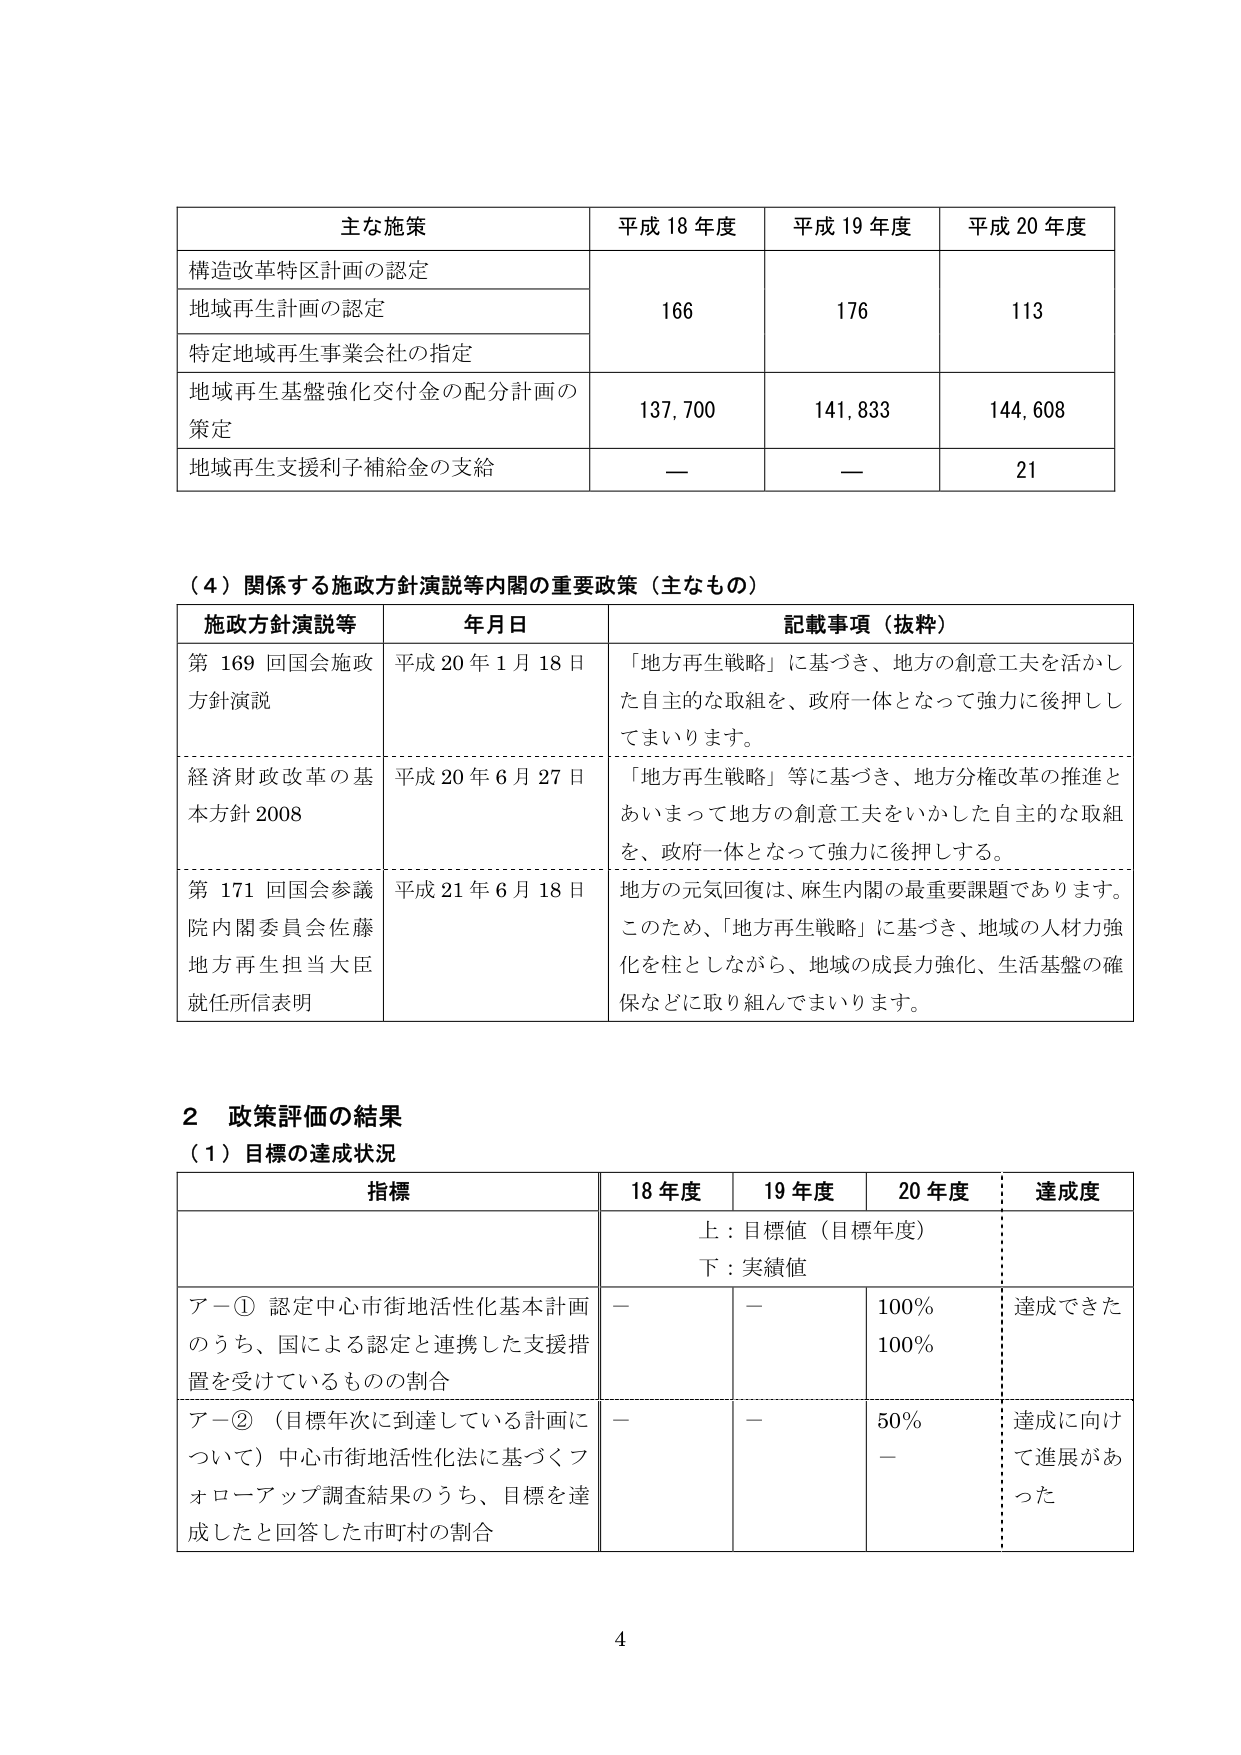
主な施策 平成18年度 平成19年度 平成20年度
構造改革特区計画の認定
地域再生計画の認定 166 176 113
特定地域再生事業会社の指定
地域再生基盤強化交付金の配分計画の 策定 137,700 141,833 144,608
地域再生支援利子補給金の支給 — — 21

（4）関係する施政方針演説等内閣の重要政策（主なもの）
施政方針演説等 年月日 記載事項（抜粋）
第169回国会施政 方針演説 平成20年1月18日 「地方再生戦略」に基づき、地方の創意工夫を活かし た自主的な取組を、政府一体となって強力に後押しし てまいります。
経済財政改革の基 本方針2008 平成20年6月27日 「地方再生戦略」等に基づき、地方分権改革の推進と あいまって地方の創意工夫をいかした自主的な取組 を、政府一体となって強力に後押しする。
第171回国会参議 院内閣委員会佐藤 地方再生担当大臣 就任所信表明 平成21年6月18日 地方の元気回復は、麻生内閣の最重要課題であります。 このため、「地方再生戦略」に基づき、地域の人材力強 化を柱としながら、地域の成長力強化、生活基盤の確 保などに取り組んでまいります。

2 政策評価の結果
（1）目標の達成状況
指標 18年度 19年度 20年度 達成度
上：目標値（目標年度）
下：実績値
アー① 認定中心市街地活性化基本計画 のうち、国による認定と連携した支援措 置を受けているものの割合 — — 100% 100% 達成できた
アー② （目標年次に到達している計画に ついて）中心市街地活性化法に基づくフ ォローアップ調査結果のうち、目標を達 成したと回答した市町村の割合 — — 50% — 達成に向け て進展があ った

4